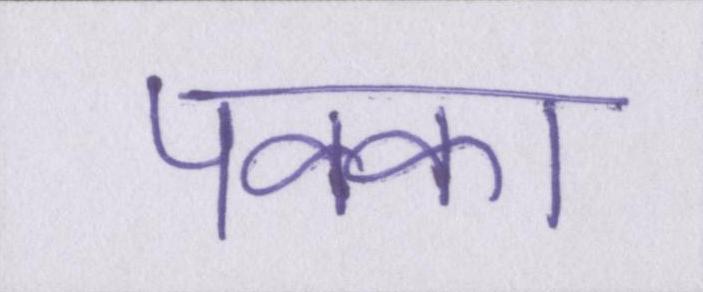
पक्का